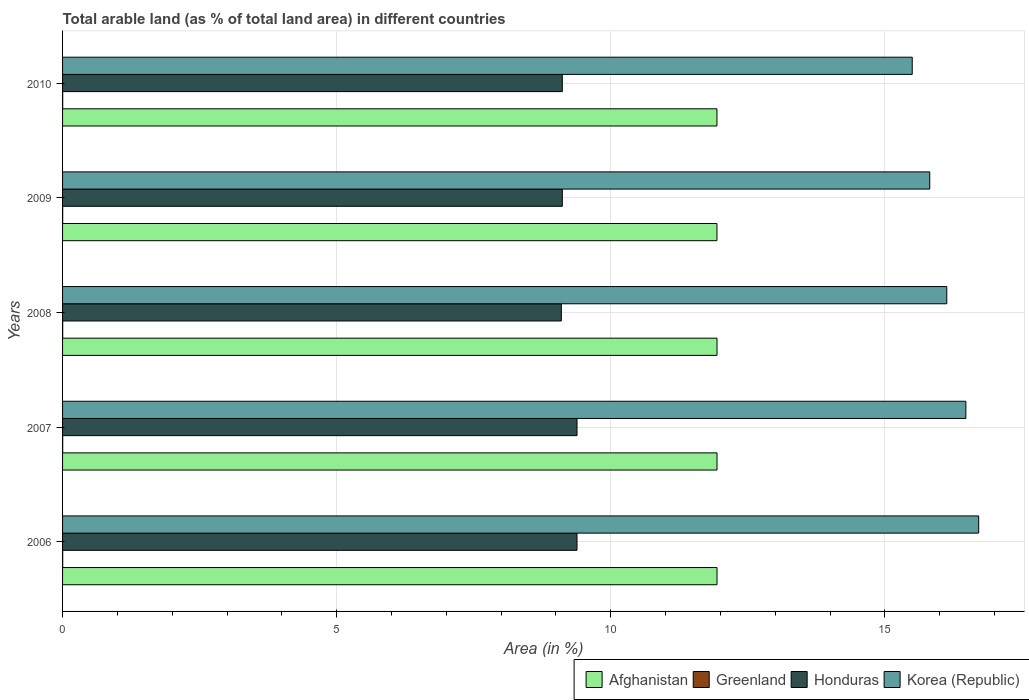
| Years | Afghanistan | Greenland | Honduras | Korea (Republic) |
 | --- | --- | --- | --- | --- |
 | 2006 | 11.9 | 0.00219 | 9.38 | 16.7 |
 | 2007 | 11.9 | 0.00219 | 9.38 | 16.5 |
 | 2008 | 11.9 | 0.00219 | 9.1 | 16.1 |
 | 2009 | 11.9 | 0.00219 | 9.12 | 15.8 |
 | 2010 | 11.9 | 0.00219 | 9.12 | 15.5 |